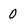
Character: 0